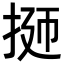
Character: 𭠹